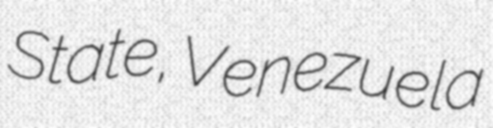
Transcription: State, Venezuela